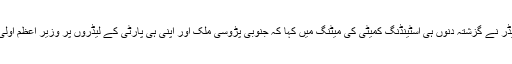
وہیں دوسری طرف پارٹی کے ایک سینئر لیڈر نے گزشتہ دنوں ہی اسٹینڈنگ کمیٹی کی میٹنگ میں کہا کہ جنوبی پڑوسی ملک اور اپنی ہی پارٹی کے لیڈروں پر وزیر اعظم اولی کے ذریعہ الزام لگایا جانا مناسب نہیں ہے۔